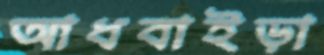
আধবাইড়া